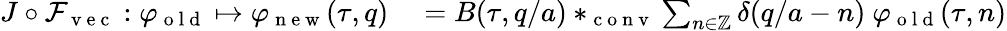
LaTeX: \begin{array}{rl}{J\circ\mathcal{F}_{\mathrm{~v~e~c~}}:\varphi_{\mathrm{~o~l~d~}}\mapsto\varphi_{\mathrm{~n~e~w~}}(\tau,q)}&{{}=B(\tau,q/a)*_{\mathrm{~c~o~n~v~}}\sum_{n\in\mathbb{Z}}\delta(q/a-n)\ \varphi_{\mathrm{~o~l~d~}}(\tau,n)}\end{array}